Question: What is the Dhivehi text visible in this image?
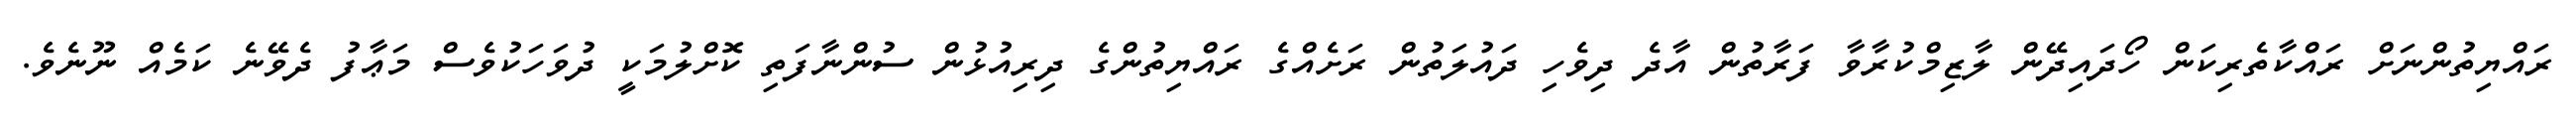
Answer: ރައްޔިތުންނަށް ރައްކާތެރިކަން ހޯދައިދޭން ލާޒިމްކުރާވާ ފަރާތުން އާދެ ދިވެހި ދައުލަތުން ރަށެއްގެ ރައްޔިތުންގެ ދިރިއުޅުން ސުންނާފަތި ކޮށްލުމަކީ ދުވަހަކުވެސް މަޢާފު ދެވޭނެ ކަމެއް ނޫނެވެ.